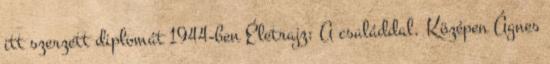
itt szerzett diplomát 1944-ben Életrajz: A családdal. Középen Ágnes